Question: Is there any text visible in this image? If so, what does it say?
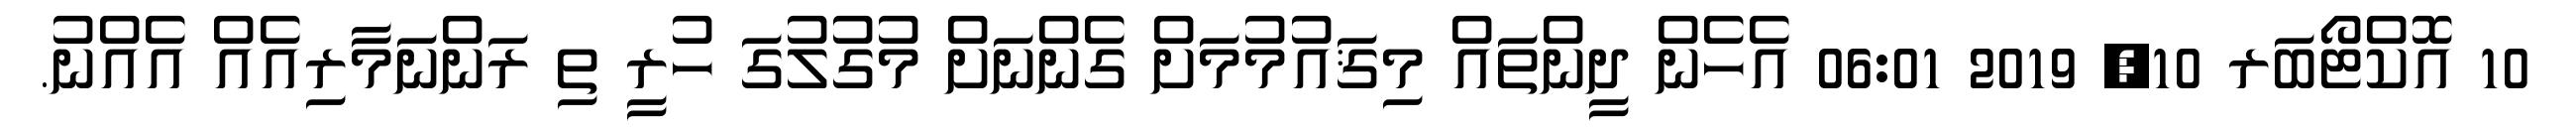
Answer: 10 އޮކްޓޯބަރ 10, 2019 06:01 އެހެން ދީންތައް މިޤައުމުމަށް ގެންނަށް މުގުލުގަ ހުރީ ތި ރަންނަމާރިއެއް އެއްނު.